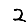
Digit: 2